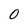
Character: O